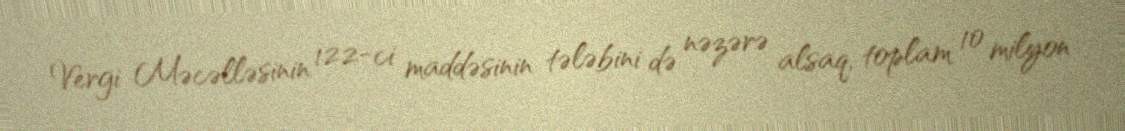
Vergi Məcəlləsinin 122-ci maddəsinin tələbini də nəzərə alsaq, toplam 10 milyon